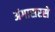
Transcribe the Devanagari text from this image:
अंगासरसे